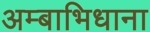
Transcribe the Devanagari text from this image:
अम्बाभिधाना